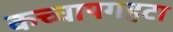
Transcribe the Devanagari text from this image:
कच्चापगहटा